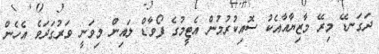
ދަގަނޑޭ މިރޭ މާޒިޔާއާއެކު ސޮއިކުރުމުން އެޓީމުގެ ފޯވާޑް ލައިން މިވަނީ ވަރުގަދަވެ އެހެން